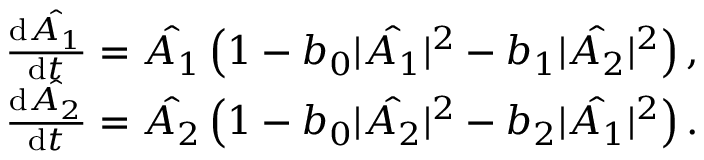
\begin{array} { r l } & { \frac { \mathrm { d } \hat { A _ { 1 } } } { \mathrm { d } t } = \hat { A _ { 1 } } \left( 1 - b _ { 0 } | \hat { A _ { 1 } } | ^ { 2 } - b _ { 1 } | \hat { A _ { 2 } } | ^ { 2 } \right) , } \\ & { \frac { \mathrm { d } \hat { A _ { 2 } } } { \mathrm { d } t } = \hat { A _ { 2 } } \left( 1 - b _ { 0 } | \hat { A _ { 2 } } | ^ { 2 } - b _ { 2 } | \hat { A _ { 1 } } | ^ { 2 } \right) . } \end{array}